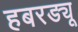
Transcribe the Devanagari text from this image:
हबरड्यू